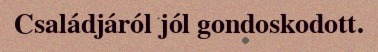
Családjáról jól gondoskodott.